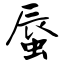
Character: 蜃